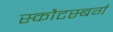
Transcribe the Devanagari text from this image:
स्कौटस्बर्ग